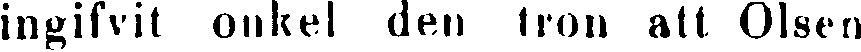
ingifvit onkel den tron att Olsen